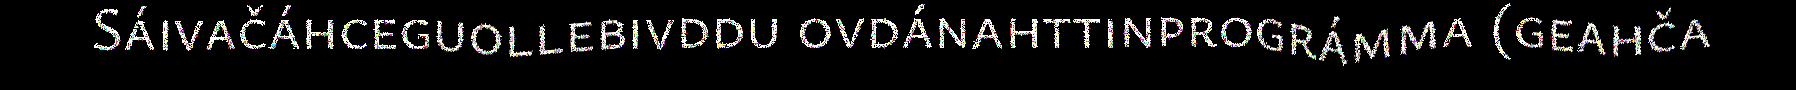
Sáivačáhceguollebivddu ovdánahttinprográmma (geahča